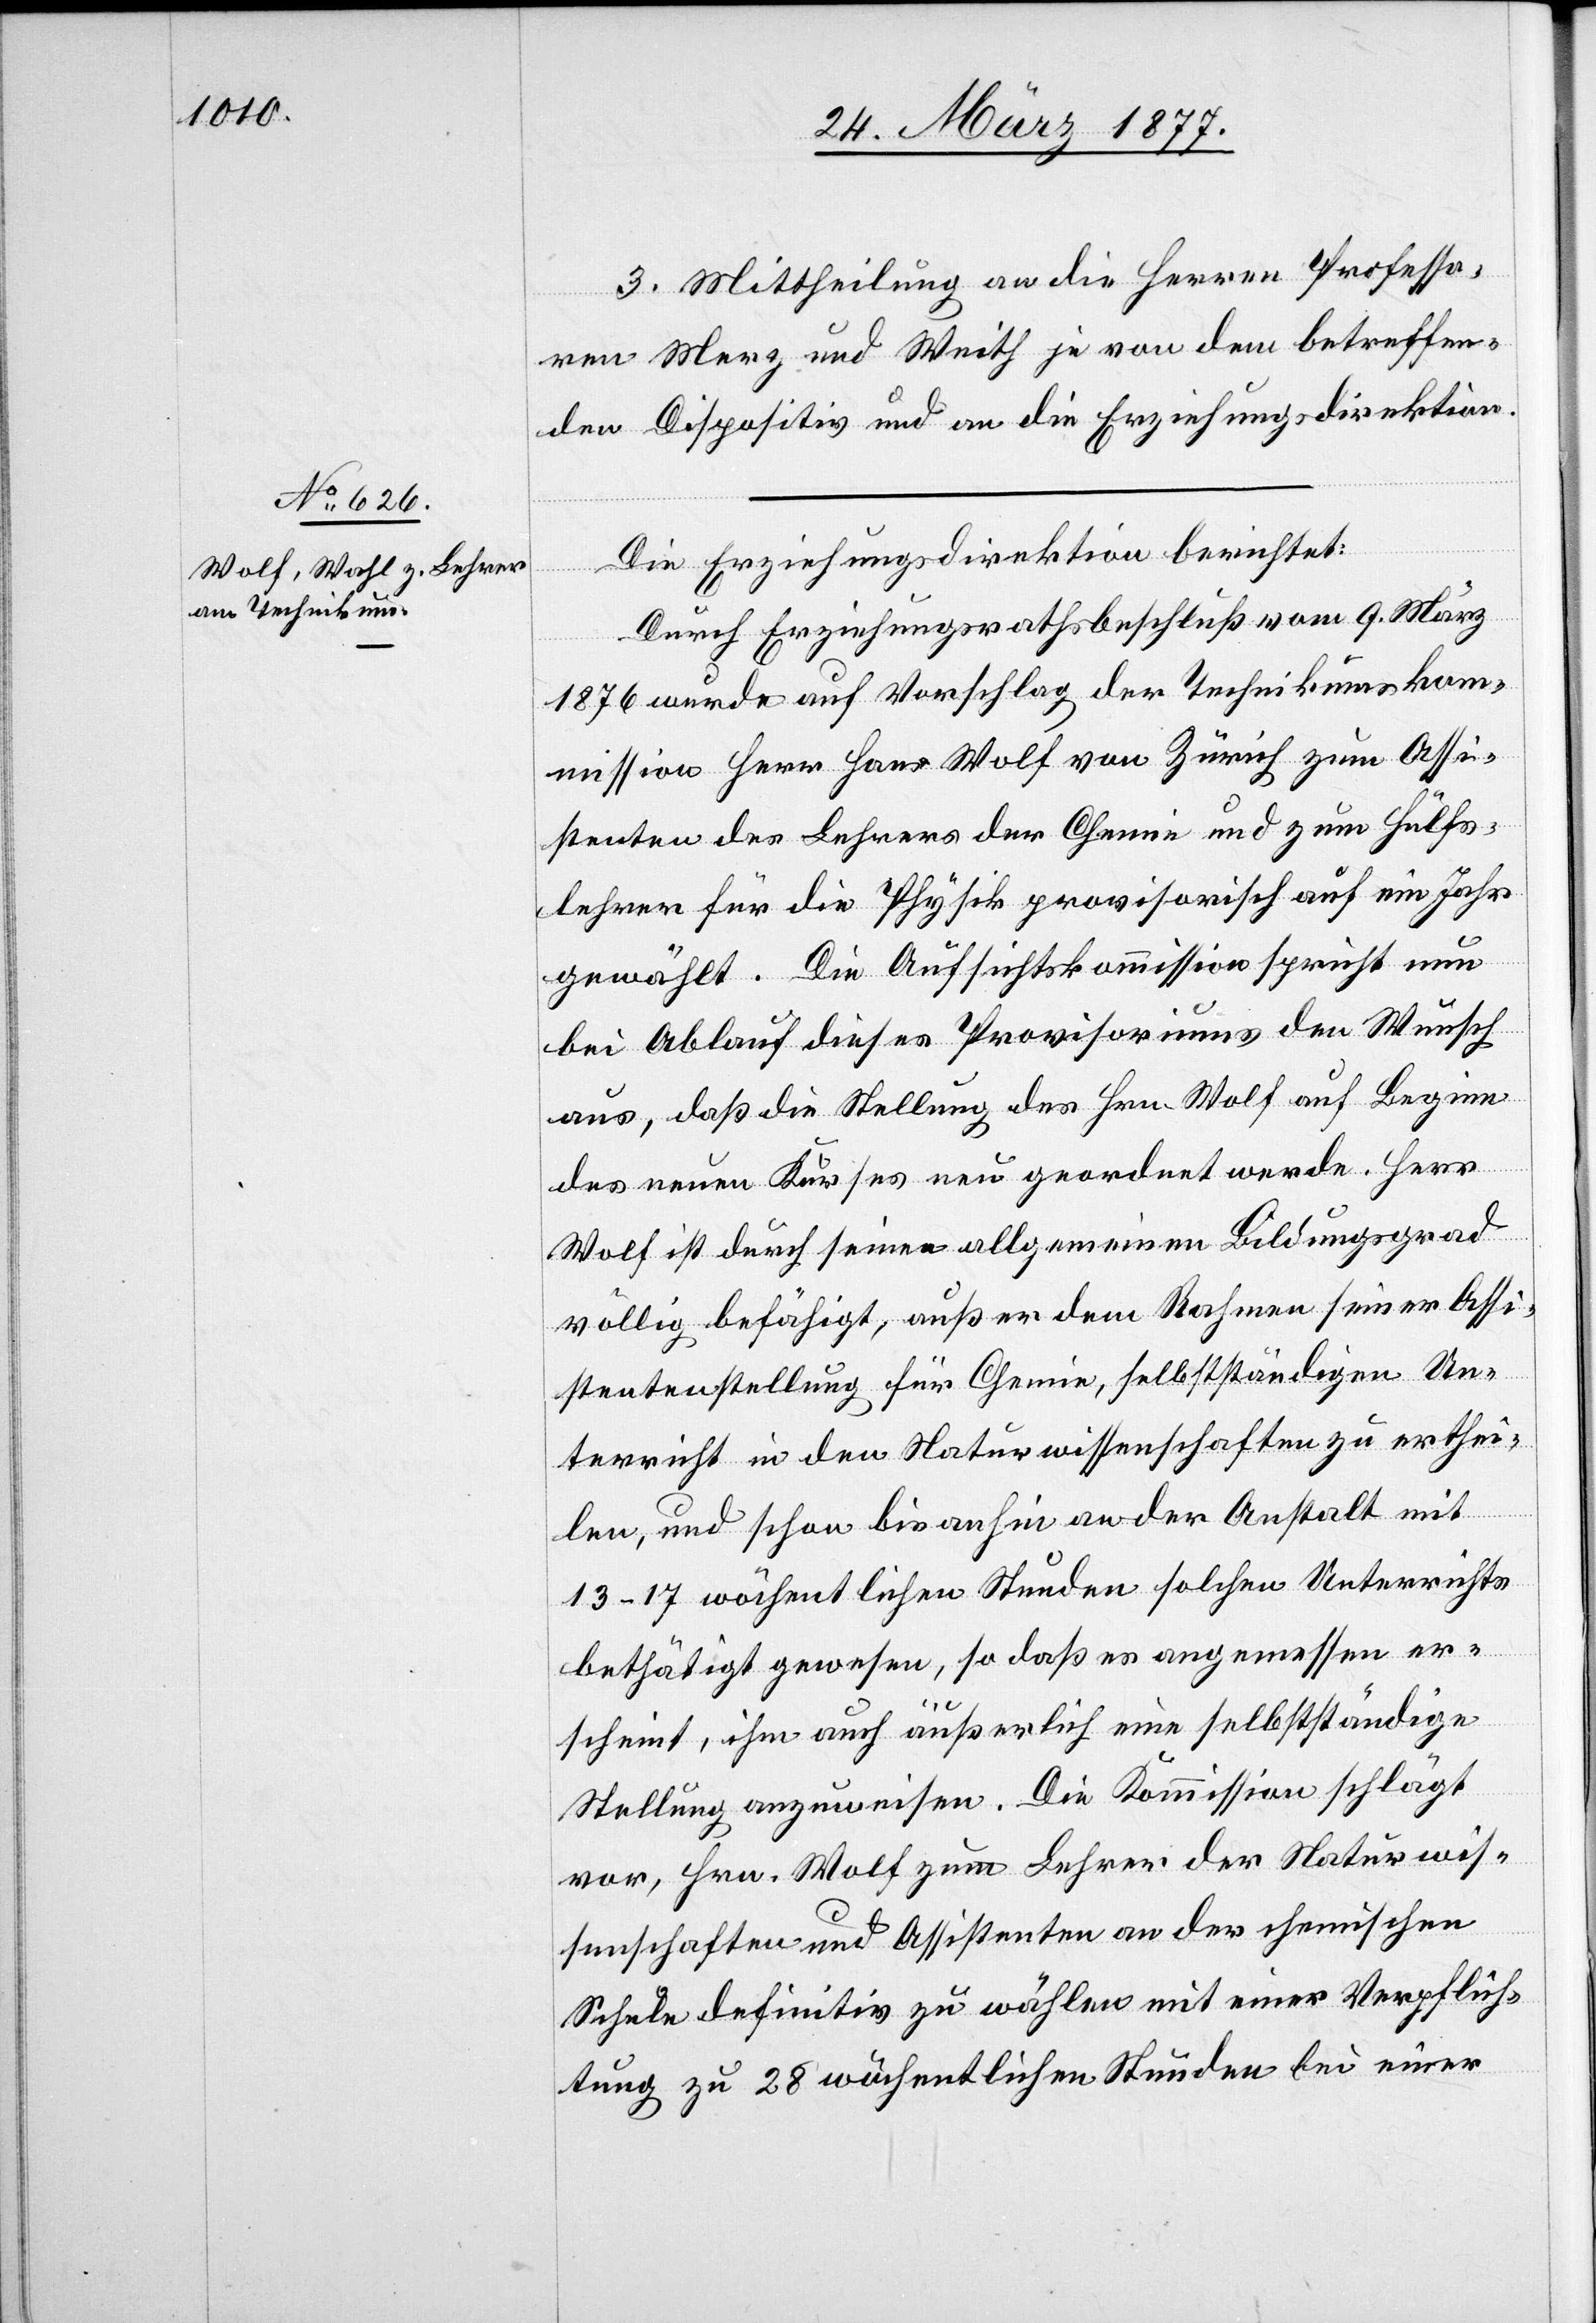
3. Mittheilung an die Herren Professo¬
ren Merz und Weith je von dem betreffen¬
den Dispositiv und an die Erziehungsdirektion.
Die Erziehungsdirektion berichtet:
Durch Erziehungsrathsbeschluß vom 9. März
1876 wurde auf Vorschlag der Technikumsko¬
mmission Herr Hans Wolf von Zürich zum Assi¬
stenten des Lehrers der Chemie und zum Hülfs¬
lehrer für die Physik provisorisch auf ein Jahr
gewählt. Die Aufsichtskommission spricht nun
bei Ablauf dieses Provisoriums den Wunsch
aus, daß die Stellung des Hrn. Wolf auf Beginn
des neuen Kurses neu geordnet werde. Herr
Wolf ist durch seinen allgemeinen Bildungsgrad
völlig befähigt, außer dem Rahmen seiner Assi¬
stentenstellung für Chemie, selbstständigen Un¬
terricht in den Naturwissenschaften zu erthei¬
len, und schon bis anhin an der Anstalt mit
13–17 wöchentlichen Stunden solchen Unterrichts
bethätigt gewesen, so daß es angemessen er¬
scheint, ihm auch äußerlich eine selbstständige
Stellung anzuweisen. Die Kommission schlägt
vor, Hrn. Wolf zum Lehrer der Naturwis¬
senschaften und Assistenten an der chemischen
Schule definitiv zu wählen mit einer Verpflich¬
tung zu 28 wöchentlichen Stunden bei einer